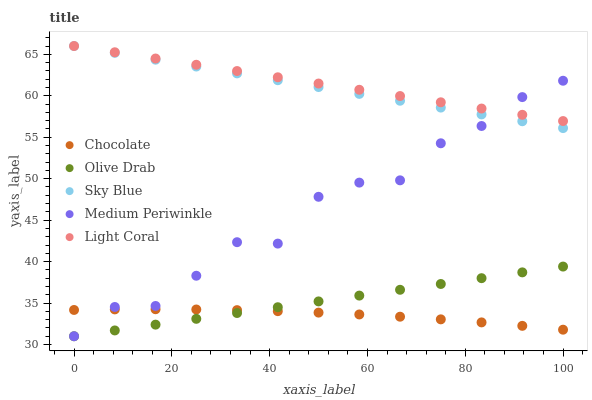
| xaxis_label | Chocolate | Olive Drab | Sky Blue | Medium Periwinkle | Light Coral |
 | --- | --- | --- | --- | --- | --- |
 | 0 | 34.2 | 31 | 66 | 31 | 66 |
 | 8.33 | 34.2 | 31.7 | 65.2 | 34.5 | 65.2 |
 | 16.7 | 34.3 | 32.4 | 64.4 | 34.7 | 64.5 |
 | 25 | 34.2 | 33.1 | 63.5 | 38.3 | 63.7 |
 | 33.3 | 34.2 | 33.8 | 62.7 | 42.3 | 63 |
 | 41.7 | 34 | 34.5 | 61.9 | 42.2 | 62.2 |
 | 50 | 33.9 | 35.2 | 61.1 | 47.8 | 61.5 |
 | 58.3 | 33.6 | 35.9 | 60.2 | 49.5 | 60.7 |
 | 66.7 | 33.4 | 36.6 | 59.4 | 49.8 | 60 |
 | 75 | 33 | 37.3 | 58.6 | 54.3 | 59.2 |
 | 83.3 | 32.7 | 38 | 57.8 | 56.4 | 58.5 |
 | 91.7 | 32.3 | 38.7 | 56.9 | 59.8 | 57.7 |
 | 100 | 31.8 | 39.4 | 56.1 | 61.8 | 57 |